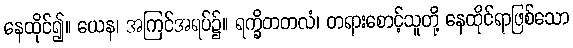
နေထိုင်၍။ ယေန၊ အကြင်အရပ်၌။ ရက္ခိတတလံ၊ တရားစောင့်သူတို့ နေထိုင်ရာဖြစ်သော